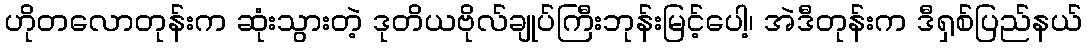
ဟိုတလောတုန်းက ဆုံးသွားတဲ့ ဒုတိယဗိုလ်ချုပ်ကြီးဘုန်းမြင့်ပေါ့၊ အဲဒီတုန်းက ဒီရှစ်ပြည်နယ်